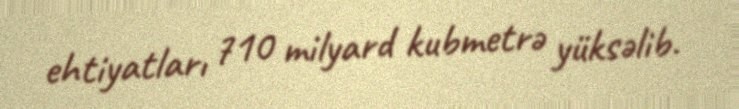
ehtiyatları 710 milyard kubmetrə yüksəlib.